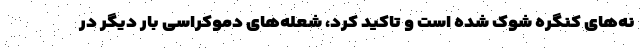
نه‌های کنگره شوک شده است و تاکید کرد، شعله‌های دموکراسی بار دیگر در